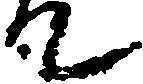
て